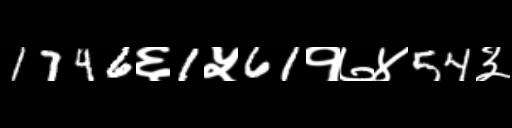
Text: 1746६1५61१७४54३